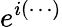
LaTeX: e^{i(\cdots)}